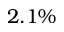
2 . 1 \%